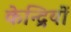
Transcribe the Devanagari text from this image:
केन्द्रियों